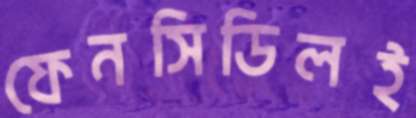
ফেনসিডিলই